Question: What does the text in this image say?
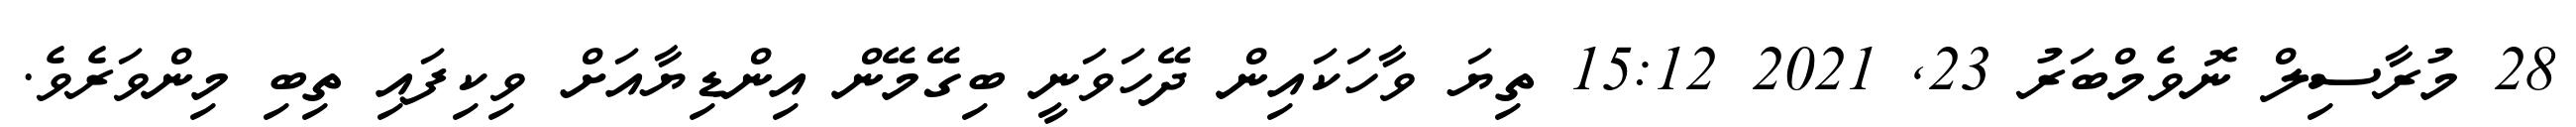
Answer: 28 މުރާސިލް ނޮވެމްބަރު 23, 2021 15:12 ތިޔަ ވާހަކައިން ދޭހަވަނީ ބިގޭމޭން އިންޑިޔާއަށް ވިކިފައި ތިބި މިންވަރެވެ.